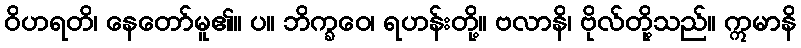
ဝိဟရတိ၊ နေတော်မူ၏။ ပ။ ဘိက္ခဝေ၊ ရဟန်းတို့။ ဗလာနိ၊ ဗိုလ်တို့သည်။ ဣမာနိ